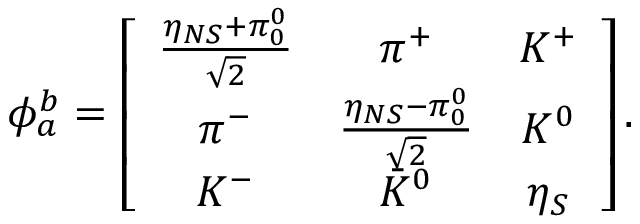
\phi _ { a } ^ { b } = \left[ \begin{array} { c c c } { { { \frac { \eta _ { N S } + \pi _ { 0 } ^ { 0 } } { \sqrt { 2 } } } } } & { { \pi ^ { + } } } & { { K ^ { + } } } \\ { { \pi ^ { - } } } & { { { \frac { \eta _ { N S } - \pi _ { 0 } ^ { 0 } } { \sqrt { 2 } } } } } & { { K ^ { 0 } } } \\ { { K ^ { - } } } & { { { \bar { K } } ^ { 0 } } } & { { \eta _ { S } } } \end{array} \right] .